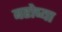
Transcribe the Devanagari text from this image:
बरोच्या